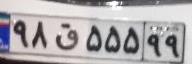
۹۸ق۵۵۵۹۹